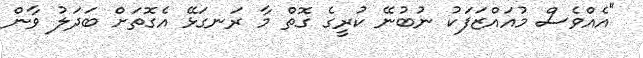
"އެއްވެސް މުއައްޒަފަކު ނުބުނޭ ކުރީގެ ގޮތް މާ ރަނގަޅޭ އެގޮތަށް ބަދަލު ވާން